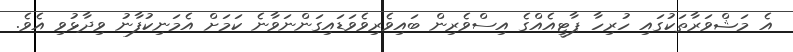
އެ މަޝްވަރާތަކުގައި ހުރިހާ ޕާޓީއެއްގެ އިސްވެރިން ބައިވެރިވެވަޑައިގަންނަވާނެ ކަމަށް އެމަނިކުފާނު ވިދާޅުވި އެވެ.